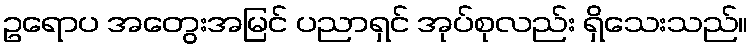
ဥရောပ အတွေးအမြင် ပညာရှင် အုပ်စုလည်း ရှိသေးသည်။